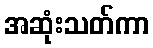
အဆုံးသတ်ကာ